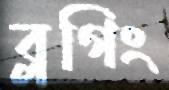
ব্লগিং